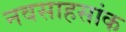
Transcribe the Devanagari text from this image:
नवसाहसांक